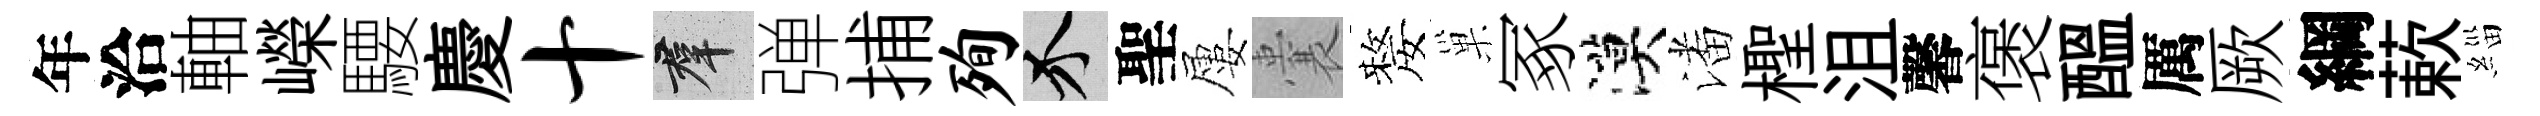
年洽軸嶸騕慶十群弹捕殉介聖屢囊嫠巢冢漠潘檉沮馨褒醖厲厥綱蔌緇